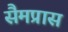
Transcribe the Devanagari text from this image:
सैमप्रास